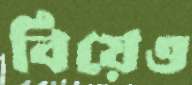
বিয়েও